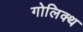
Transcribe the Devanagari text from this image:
गोलिक्थ